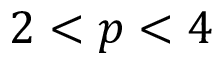
2 < p < 4